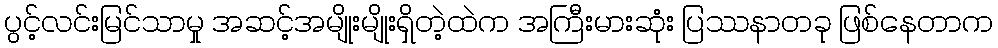
ပွင့်လင်းမြင်သာမှု အဆင့်အမျိုးမျိုးရှိတဲ့ထဲက အကြီးမားဆုံး ပြဿနာတခု ဖြစ်နေတာက